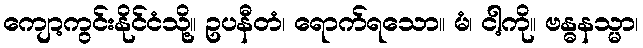
ကျော့ကွင်းနိုင်ငံသို့။ ဥပနီတံ၊ ရောက်ရသော။ မံ၊ ငါ့ကို။ ဗန္ဓနသ္မာ၊